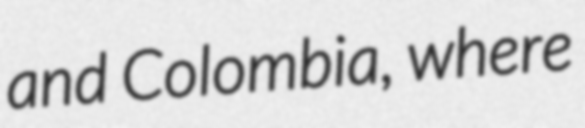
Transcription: and Colombia, where